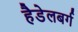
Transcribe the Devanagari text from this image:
हैडेलबर्ग